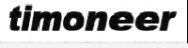
timoneer